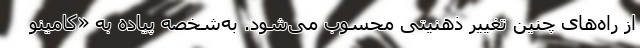
از راه‌های چنین تغییر ذهنیتی محسوب می‌شود. به‌شخصه پیاده به «کامینو